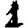
Digit: 1